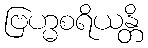
ဗြဟ္မစရိယန္တိ